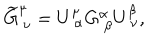
\widetilde { G } _ { \ \nu } ^ { \mu } = U _ { \ \alpha } ^ { \mu } G _ { \ \beta } ^ { \alpha } U _ { \ \nu } ^ { \beta } ,